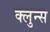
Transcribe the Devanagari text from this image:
क्लुन्स